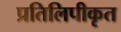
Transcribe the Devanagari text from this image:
प्रतिलिपीकृत